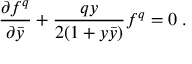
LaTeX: { \frac { \partial f ^ { q } } { \partial \bar { y } } } + { \frac { q y } { 2 ( 1 + y \bar { y } ) } } f ^ { q } = 0 \; .